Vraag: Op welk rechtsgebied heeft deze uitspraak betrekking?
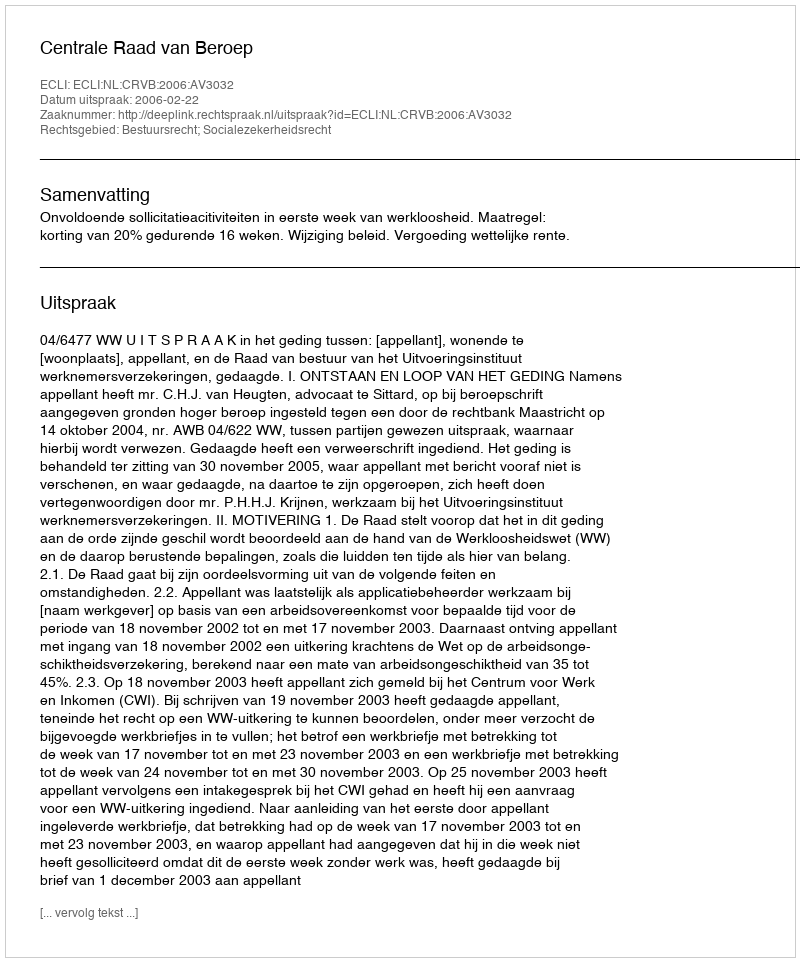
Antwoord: Bestuursrecht; Socialezekerheidsrecht